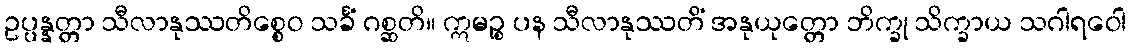
ဥပ္ပန္နတ္တာ သီလာနုဿတိစ္စေဝ သင်္ခံ ဂစ္ဆတိ။ ဣမဉ္စ ပန သီလာနုဿတိံ အနုယုတ္တော ဘိက္ခု သိက္ခာယ သဂါရဝေါ